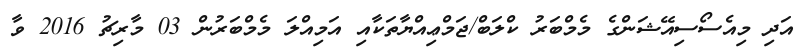
އަދި މިއެސޯސިއޭޝަންގެ މެމްބަރު ކްލަބް/ޖަމްޢިއްޔާތަކާއި އަމިއްލަ މެމްބަރުން 03 މާރިޗު 2016 ވާ